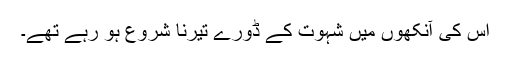
اس کی آنکھوں میں شہوت کے ڈورے تیرنا شروع ہو رہے تھے۔